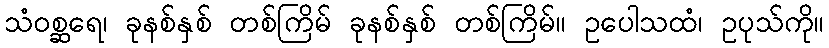
သံဝစ္ဆရေ၊ ခုနစ်နှစ် တစ်ကြိမ် ခုနစ်နှစ် တစ်ကြိမ်။ ဥပေါသထံ၊ ဥပုသ်ကို။